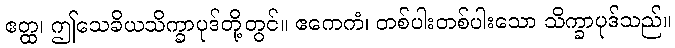
ဧတ္ထ၊ ဤသေခိယသိက္ခာပုဒ်တို့တွင်။ ဧကေကံ၊ တစ်ပါးတစ်ပါးသော သိက္ခာပုဒ်သည်။